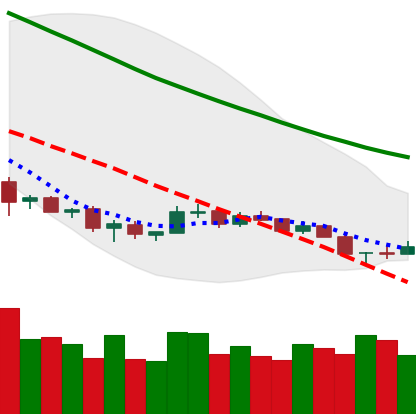
Ticker: NEO-USD
Chart end date: 2018-12-09
Forward return: -11.863%
Label: down_7plus